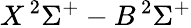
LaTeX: X\, ^{2}\Sigma^{+}-B\, ^{2}\Sigma^{+}